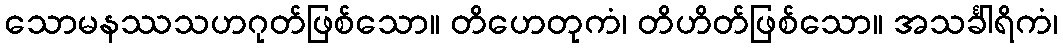
သောမနဿသဟဂုတ်ဖြစ်သော။ တိဟေတုကံ၊ တိဟိတ်ဖြစ်သော။ အသင်္ခါရိကံ၊